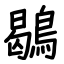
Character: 鶡